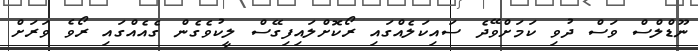
ނޫޑްލްސް ވަސް ދުވި ކަމަށްވޭދެ ސައިކަލެއްގައި ރޯކޮށްލައިފިގޭސް ލީކުވެގެން ގެއެއްގައި ރޯވެ ވަރަށް